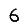
Digit: 6